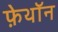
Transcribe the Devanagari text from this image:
फ़ेथॉन